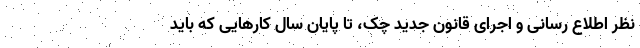
نظر اطلاع رسانی و اجرای قانون جدید چک، تا پایان سال کارهایی که باید